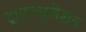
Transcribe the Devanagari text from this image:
ट्राएन्ग्युलेशन